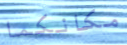
مكانكما